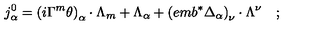
j _ { \alpha } ^ { 0 } = \left( i \Gamma ^ { m } \theta \right) _ { \alpha } \cdot \Lambda _ { m } + \Lambda _ { \alpha } + \left( e m b ^ { * } \Delta _ { \alpha } \right) _ { \nu } \cdot \Lambda ^ { \nu } \quad ;